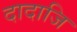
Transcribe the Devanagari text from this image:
दादाजि